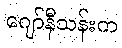
ဂျော်နီသန်းက